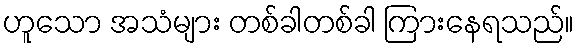
ဟူသော အသံများ တစ်ခါတစ်ခါ ကြားနေရသည်။